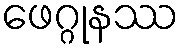
ဖေဂ္ဂုနဿ